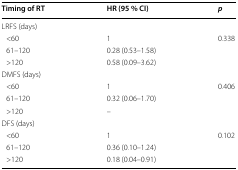
<table><thead><tr><td><b>Timing of RT</b></td><td><b>HR (95 % CI)</b></td><td><b><i>p</i></b></td></tr></thead><tbody><tr><td colspan="3">LRFS (days)</td></tr><tr><td> &lt;60</td><td>1</td><td rowspan="3">0.338</td></tr><tr><td> 61–120</td><td>0.28 (0.53–1.58)</td></tr><tr><td> &gt;120</td><td>0.58 (0.09–3.62)</td></tr><tr><td colspan="3">DMFS (days)</td></tr><tr><td> &lt;60</td><td>1</td><td rowspan="3">0.406</td></tr><tr><td> 61–120</td><td>0.32 (0.06–1.70)</td></tr><tr><td> &gt;120</td><td>–</td></tr><tr><td colspan="3">DFS (days)</td></tr><tr><td> &lt;60</td><td>1</td><td rowspan="3">0.102</td></tr><tr><td> 61–120</td><td>0.36 (0.10–1.24)</td></tr><tr><td> &gt;120</td><td>0.18 (0.04–0.91)</td></tr></tbody></table>